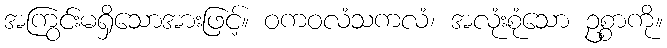
အကြွင်းမရှိသောအားဖြင့်။ ဝကဝလံသကလံ၊ အလုံးစုံသော ဥစ္စာကို။